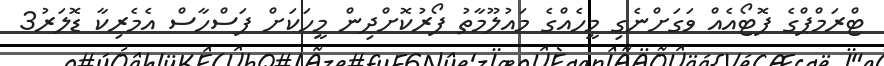
ޓްރަމްޕްގެ ފޮޓޯއެއް ވަގަށްނެގި މީހެއްގެ މައުލޫމާތު ފޯރުކޮށްދިން މީހަކަށް ފަސްހާސް އެމެރިކާ ޑޮލަރު3